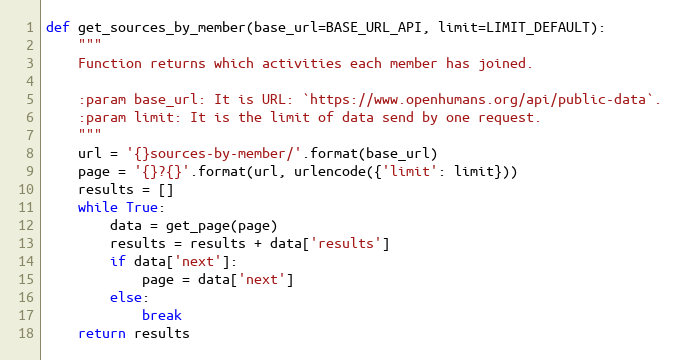
Language: Python
def get_sources_by_member(base_url=BASE_URL_API, limit=LIMIT_DEFAULT):
    """
    Function returns which activities each member has joined.

    :param base_url: It is URL: `https://www.openhumans.org/api/public-data`.
    :param limit: It is the limit of data send by one request.
    """
    url = '{}sources-by-member/'.format(base_url)
    page = '{}?{}'.format(url, urlencode({'limit': limit}))
    results = []
    while True:
        data = get_page(page)
        results = results + data['results']
        if data['next']:
            page = data['next']
        else:
            break
    return results